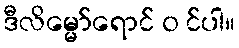
ဒီလိမ္မော်ရောင် ၀ င်ပါ။